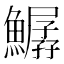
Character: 𩻣